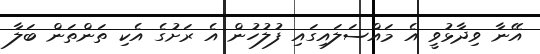
އޭނާ ވިދާޅުވީ އެ މައްސަލައިގައި ފުލުހުން އެ ރަށުގެ އެކި ތަންތަން ބަލާ